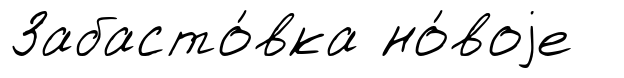
Забасто́вка но́воjе